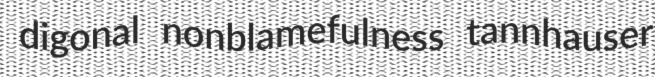
digonal nonblamefulness tannhauser